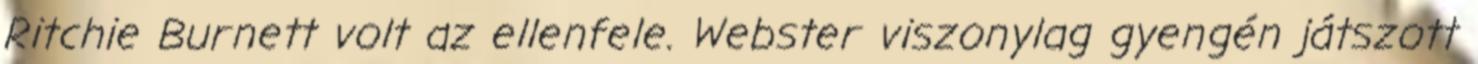
Ritchie Burnett volt az ellenfele. Webster viszonylag gyengén játszott